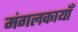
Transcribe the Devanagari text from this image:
मंगलकायाँ